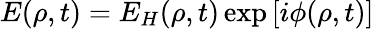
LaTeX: E(\rho,t)=E_{H}(\rho,t)\exp\left[i\phi(\rho,t)\right]